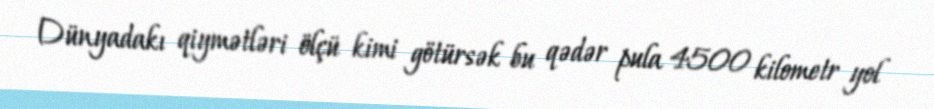
Dünyadakı qiymətləri ölçü kimi götürsək bu qədər pula 4500 kilometr yol